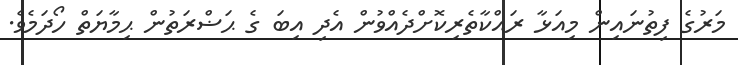
މަރުގެ ފިތުނައިން މިއަޅާ ރައްކާތެރިކޮށްދެއްވުން އެދި އިބަ ގެ ޙަޟްރަތުން ޙިމާޔަތް ހޯދަމެވެ.